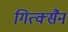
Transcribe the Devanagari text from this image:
गित्क्सैन